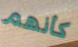
كأنهم